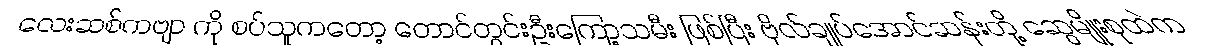
လေးဆစ်ကဗျာ ကို စပ်သူကတော့ တောင်တွင်းဦးကြော့သမီး ဖြစ်ပြီး ဗိုလ်ချုပ်အောင်ဆန်းတို့ ဆွေမျိုးစုထဲက